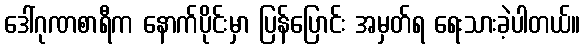
ဒေါ်ဂုဏစာရီက နောက်ပိုင်းမှာ ပြန်ပြောင်း အမှတ်ရ ရေးသားခဲ့ပါတယ်။